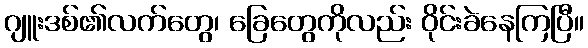
ဂျူးဒစ်၏လက်တွေ၊ ခြေတွေကိုလည်း ဝိုင်းခဲနေကြပြီ။